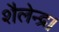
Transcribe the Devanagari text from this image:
शैलेन्द्र।